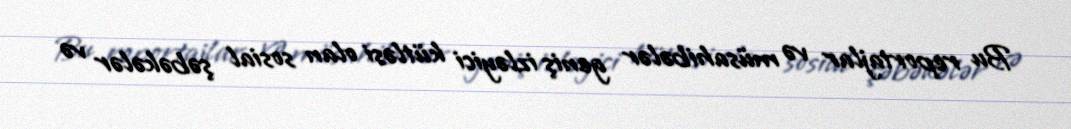
Bu reportajlar və müsahibələr geniş izləyici kütləsi olan sosial şəbəkələr və